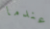
عندما